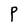
Character: P